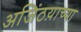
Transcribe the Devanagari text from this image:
अजिंठय़ाच्या